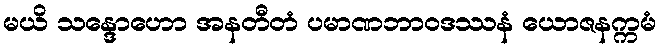
မယိ သန္ဒောဟော အနတီတံ ပမာဏဘာဝဒဿနံ ယောဇနက္ကမံ